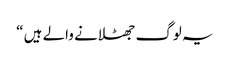
یہ لوگ جھٹلانے والے ہیں “